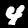
Digit: 4